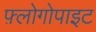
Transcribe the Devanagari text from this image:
फ़्लोगोपाइट